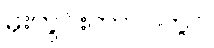
မိုးတွင်းကာလတွင်